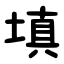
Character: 填